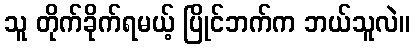
သူ တိုက်ခိုက်ရမယ့် ပြိုင်ဘက်က ဘယ်သူလဲ။